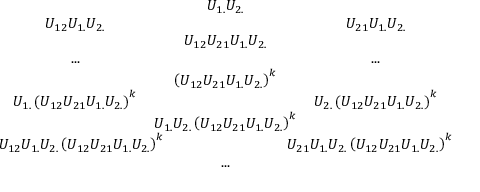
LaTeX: \begin{array} { c c c c c } { { } } & { { U _ { 1 . } U _ { 2 . } } } \\ { { U _ { 1 2 } U _ { 1 . } U _ { 2 . } } } & { { } } & { { U _ { 2 1 } U _ { 1 . } U _ { 2 . } } } \\ { { } } & { { U _ { 1 2 } U _ { 2 1 } U _ { 1 . } U _ { 2 . } } } \\ { { . . . } } & { { } } & { { . . . } } \\ { { } } & { { \left( U _ { 1 2 } U _ { 2 1 } U _ { 1 . } U _ { 2 . } \right) ^ { k } } } & { { } } \\ { { U _ { 1 . } \left( U _ { 1 2 } U _ { 2 1 } U _ { 1 . } U _ { 2 . } \right) ^ { k } } } & { { } } & { { U _ { 2 . } \left( U _ { 1 2 } U _ { 2 1 } U _ { 1 . } U _ { 2 . } \right) ^ { k } } } \\ { { } } & { { \! \! \! \! \! U _ { 1 . } U _ { 2 . } \left( U _ { 1 2 } U _ { 2 1 } U _ { 1 . } U _ { 2 . } \right) ^ { k } \! \! \! \! \! } } & { { } } \\ { { U _ { 1 2 } U _ { 1 . } U _ { 2 . } \left( U _ { 1 2 } U _ { 2 1 } U _ { 1 . } U _ { 2 . } \right) ^ { k } \! \! \! \! \! } } & { { } } & { { \! \! \! \! \! U _ { 2 1 } U _ { 1 . } U _ { 2 . } \left( U _ { 1 2 } U _ { 2 1 } U _ { 1 . } U _ { 2 . } \right) ^ { k } } } \\ { { } } & { { . . . } } \end{array}